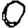
Digit: 0